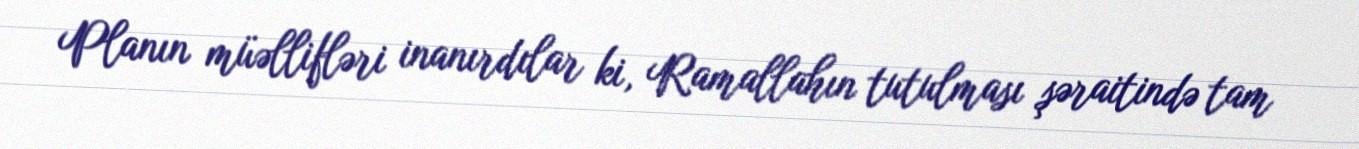
Planın müəllifləri inanırdılar ki, Ramallahın tutulması şəraitində tam